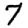
Digit: 7